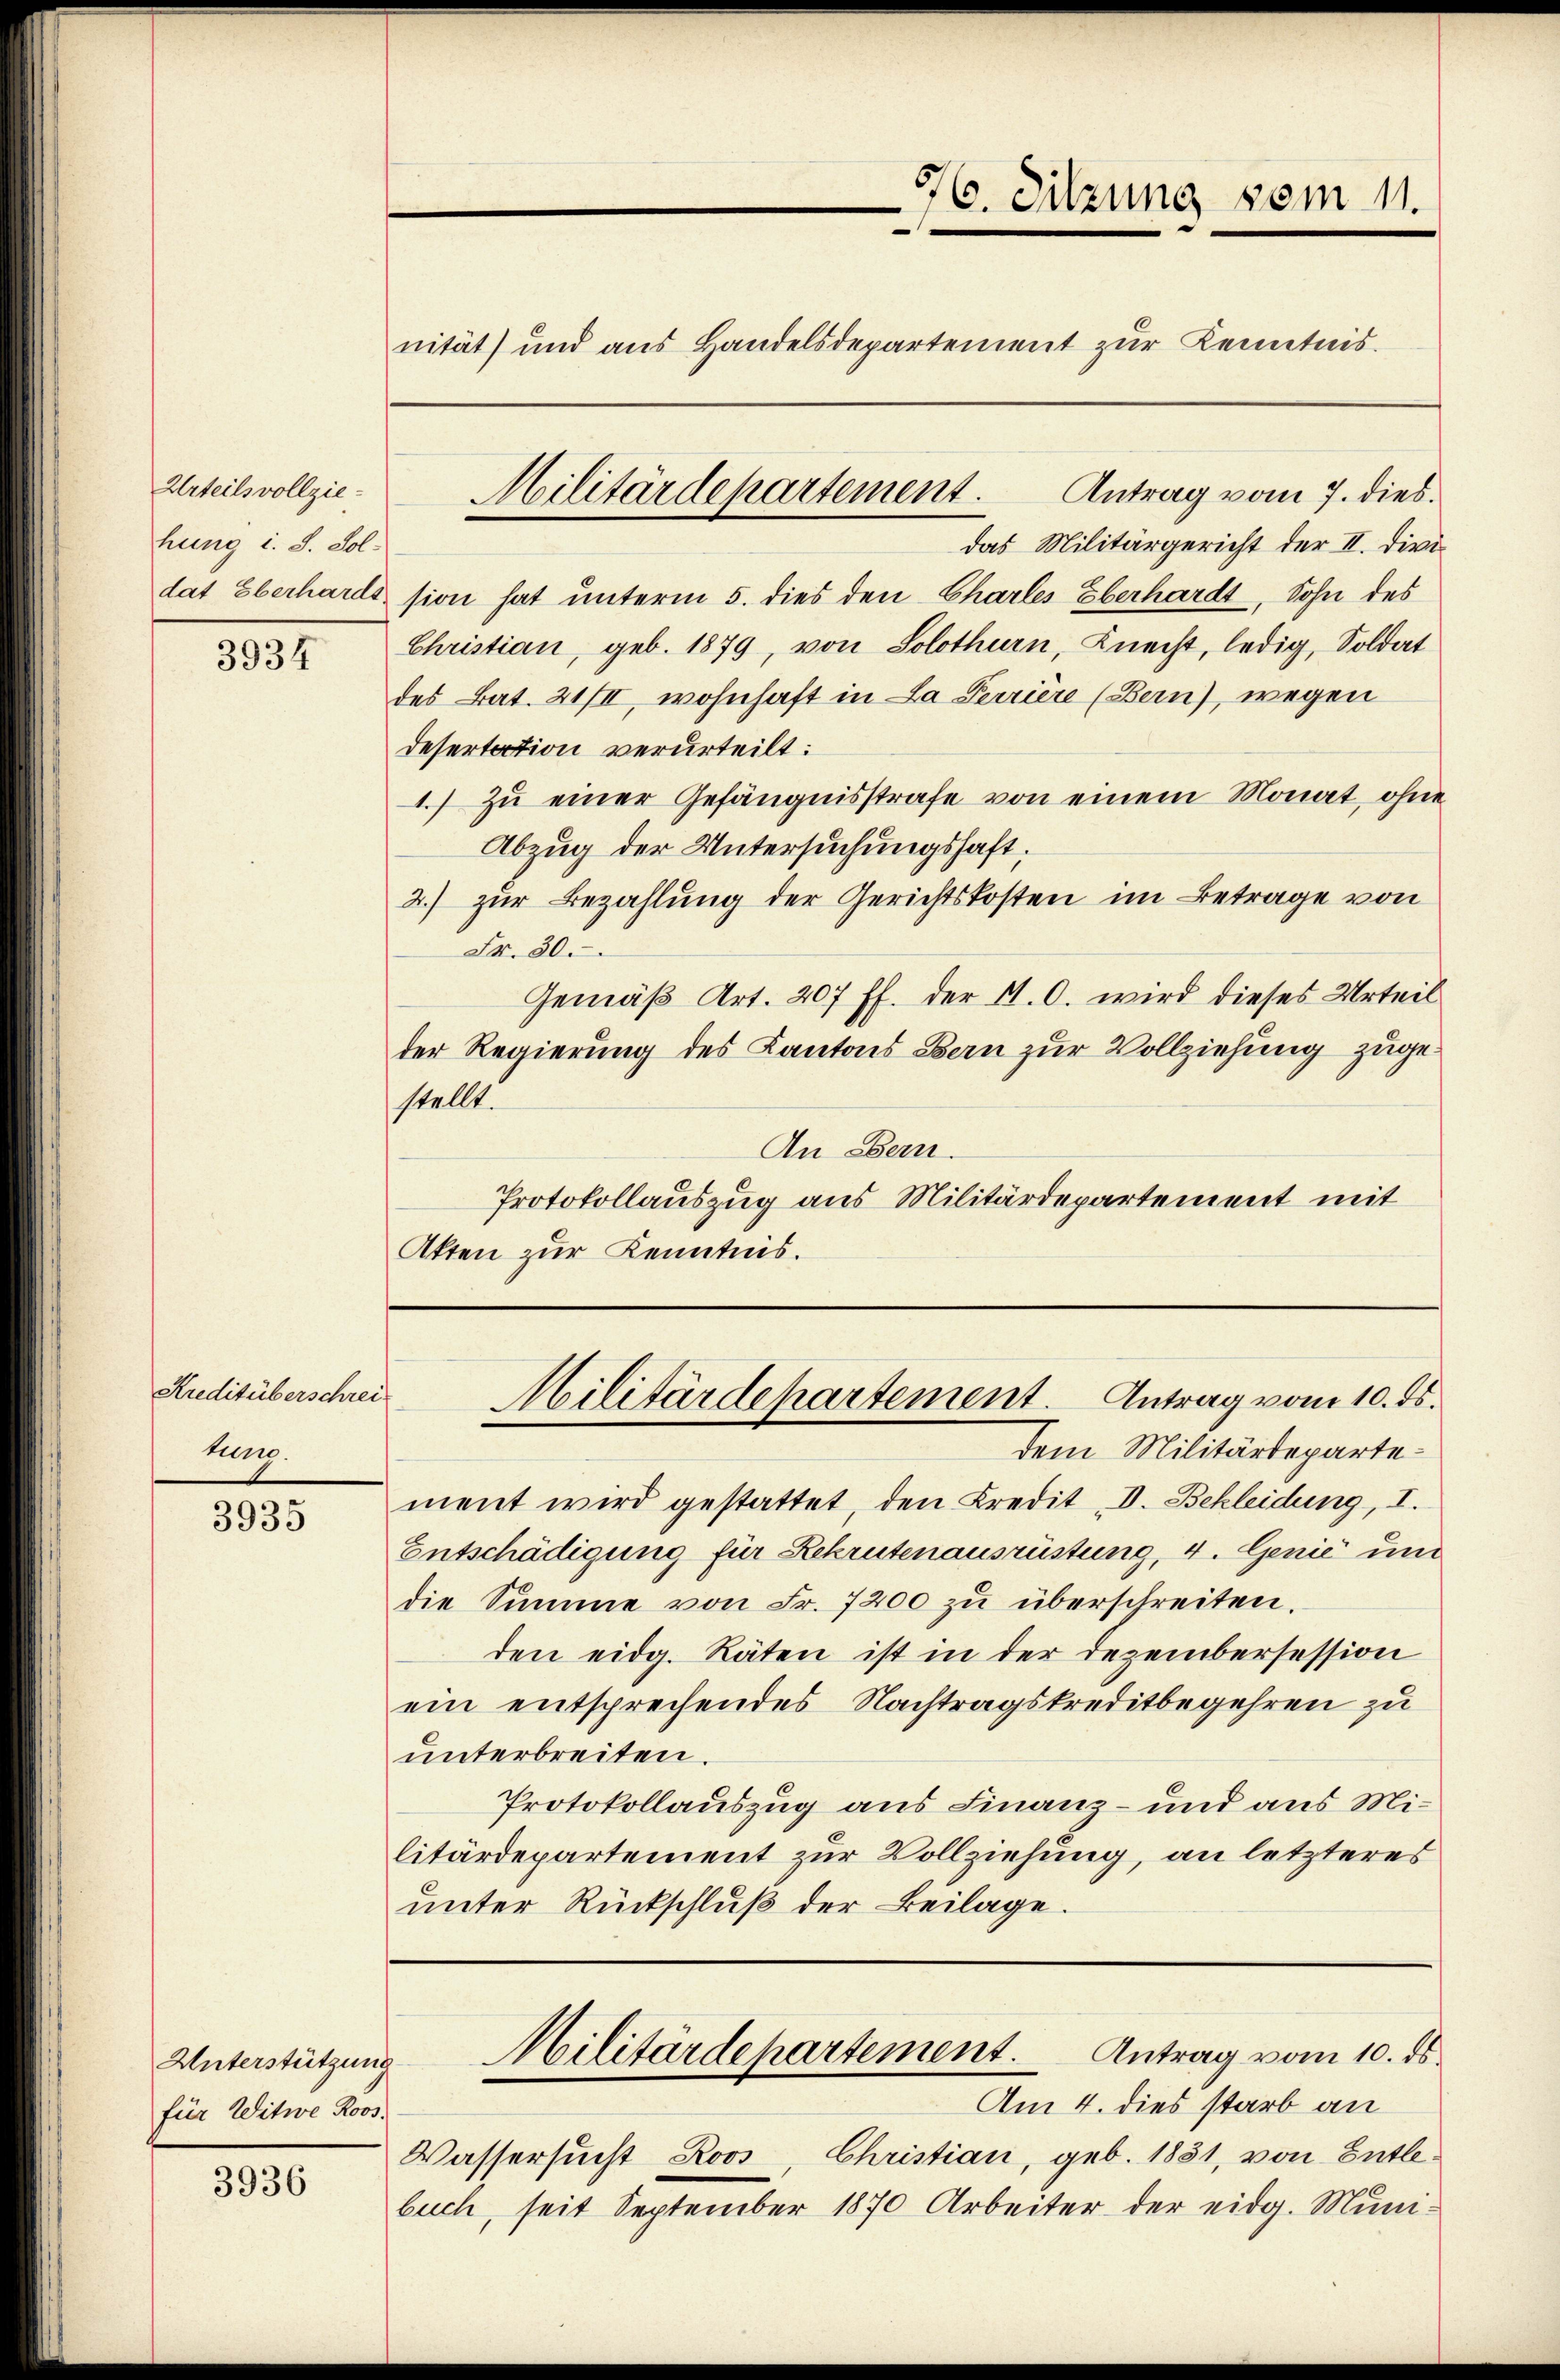
Urteils vollziehung i. S. Sol¬

3934

Kreditüberschreikung.

3935

Unterstützung
für Witwe Roos.

3936

Militärdepartement.

76. Sitzung vom 11.
nität) und aus Handelsdepartement zur Kenntnis.

Antrag vom 7. dies.
das Militärgericht der II. Divi
dat Oberhardssion hat unterm 5. dies den Charles Eberhardt, Sohn des
Christian, geb. 1879, von Solothurn, Knecht, ledig, Soldat
des Bat. 21/II, wohnhaft in La Perriere (Bern), wegen
Desertation verurteilt:
1.) Zu einer Gefängnisstrafe von einem Monat, ohne
Abzug der Untersuchungshaft;
2.) zur Bezahlung der Gerichtskosten im Betrage von
Fr. 30.
Gemäß Art. 207 ff. der N. O. wird dieses Urteil
der Regierung des Kantons Bern zur Vollziehung zugestellt.
An Bern
Protokollauszug aus Militärdepartement mit
Akten zur Kenntnis.

dem Militärdepartement wird gestattet, den Kredit V. Bekleidung, I.
Entschädigung für Rekrutenausrüstung, 4. Genić und
die Summe von Fr. 7200 zŭ überschreiten.
den eidg. Räten ist in der Dezembersession
ein entsprechendes Nachtragskreditbegehren zu
unterbreiten.
Protokollauszug aus Finanz- und aus Militärdepartement zur Vollziehung, an letzteres
unter Rückschluß der Beilage.

Militärdepartement. Antrag vom 10. ds.

Wassersucht Roos, Christian, geb. 1851, von Entlebuch, seit September 1870 Arbeiter der eidg. Muni¬

Militärdepartement.
Antrag vom 10. ds.
Am 4. dies starb an